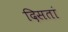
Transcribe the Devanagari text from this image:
दिसतां